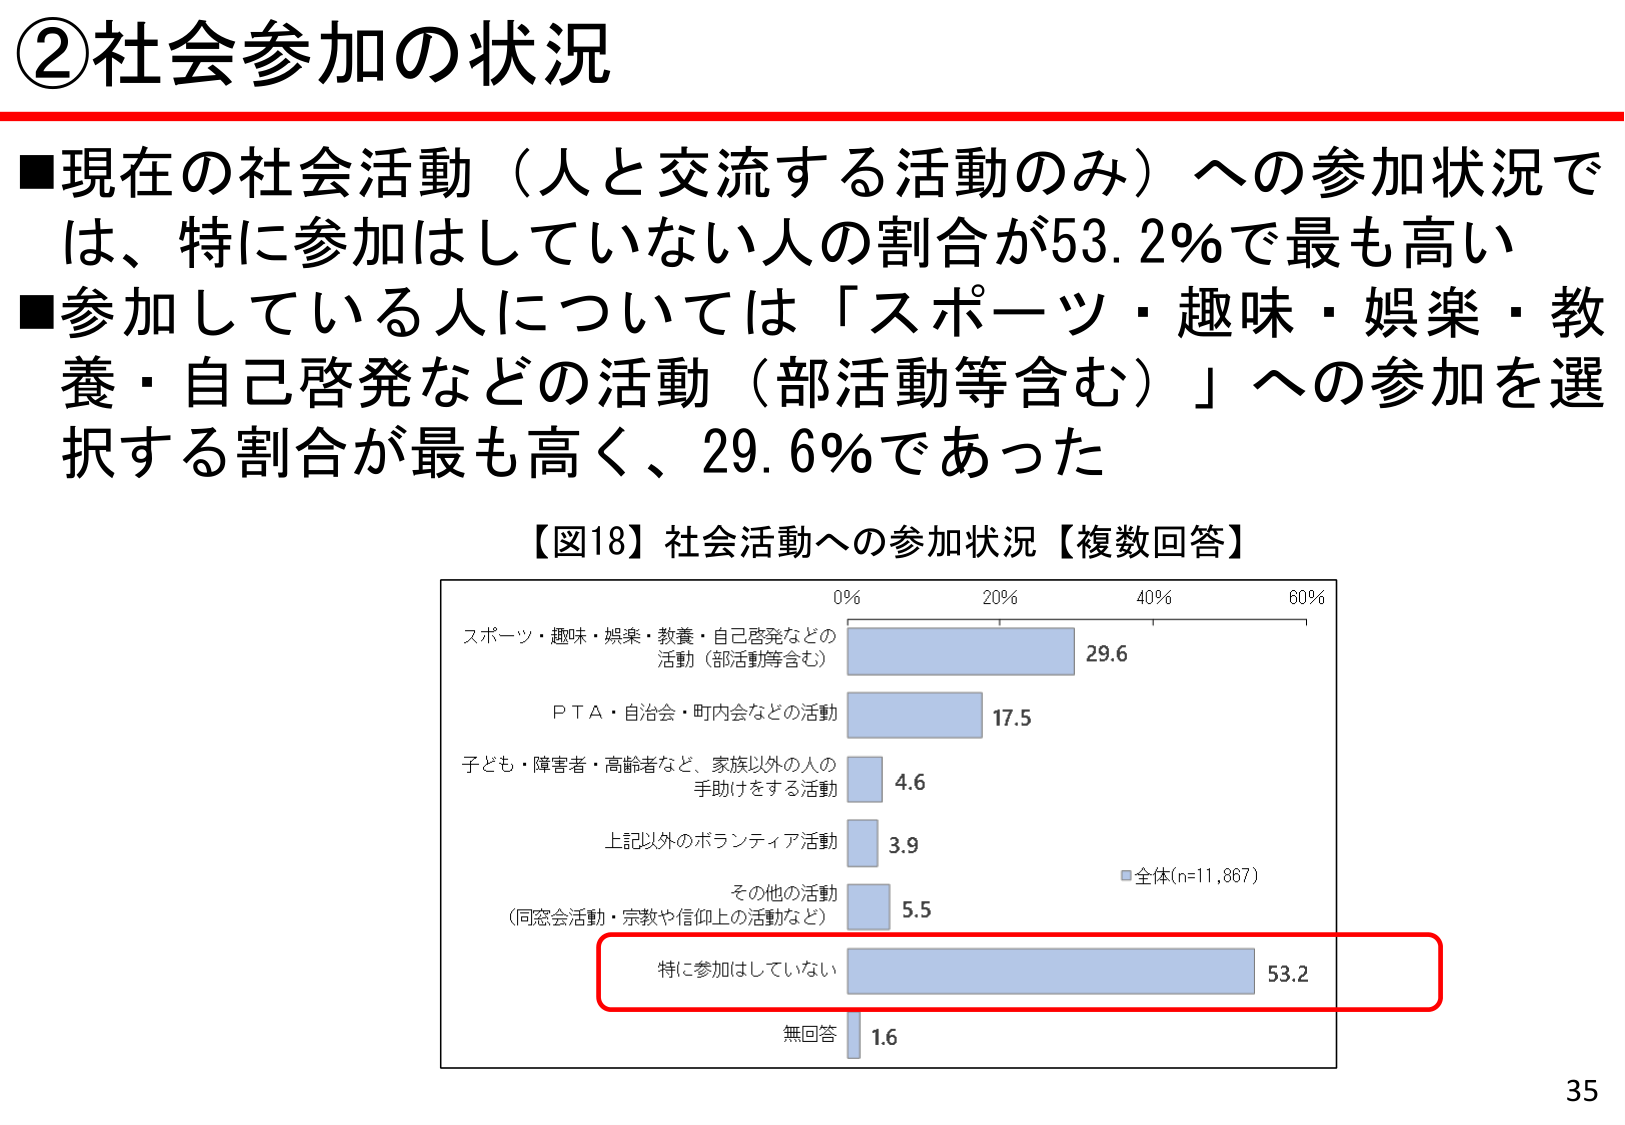
②社会参加の状況

■現在の社会活動（人と交流する活動のみ）への参加状況では、特に参加はしていない人の割合が53.2％で最も高い
■参加している人については「スポーツ・趣味・娯楽・教養・自己啓発などの活動（部活動等含む）」への参加を選択する割合が最も高く、29.6％であった

【図18】社会活動への参加状況【複数回答】

スポーツ・趣味・娯楽・教養・自己啓発などの
活動（部活動等含む） 29.6
ＰＴＡ・自治会・町内会などの活動 17.5
子ども・障害者・高齢者など、家族以外の人の
手助けをする活動 4.6
上記以外のボランティア活動 3.9
その他の活動
（同窓会活動・宗教や信仰上の活動など） 5.5
特に参加はしていない 53.2
無回答 1.6

■全体(n=11,867)

35